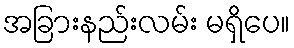
အခြားနည်းလမ်း မရှိပေ။